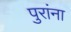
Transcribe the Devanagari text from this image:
पुरांना